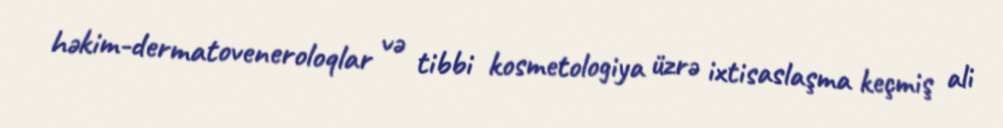
həkim-dermatoveneroloqlar və tibbi kosmetologiya üzrə ixtisaslaşma keçmiş ali